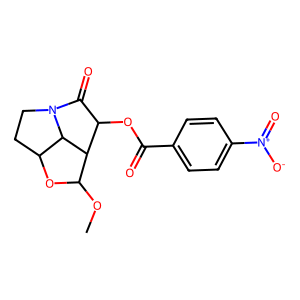
SMILES: COC1OC2CCN3C(=O)C(OC(=O)c4ccc([N+](=O)[O-])cc4)C1C23
Inhibits HIV replication: No